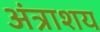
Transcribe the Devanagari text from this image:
अंत्राशय